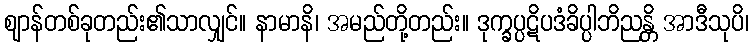
ဈာန်တစ်ခုတည်း၏သာလျှင်။ နာမာနိ၊ အမည်တို့တည်း။ ဒုက္ခပ္ပဋိပဒံခိပ္ပါဘိညန္တိ အာဒီသုပိ၊